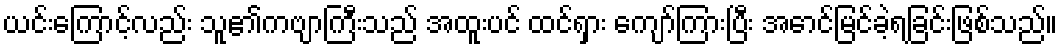
ယင်းကြောင့်လည်း သူ၏ကဗျာကြီးသည် အထူးပင် ထင်ရှား ကျော်ကြားပြီး အောင်မြင်ခဲ့ရခြင်းဖြစ်သည်။